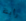
رأيتة